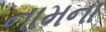
નામના